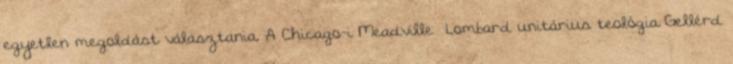
egyetlen megoldást választania. A Chicago-i Meadville Lombard unitárius teológia Gellérd